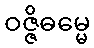
ဝဇ္ဇိဓမ္မေ